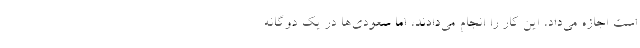
است اجازه می‌داد، این کار را انجام می‌دادند، اما سعودی‌ها در یک دوگانه